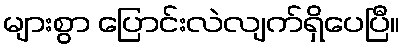
များစွာ ပြောင်းလဲလျက်ရှိပေပြီ။